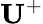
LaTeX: {{\mathbf U}}^{+}